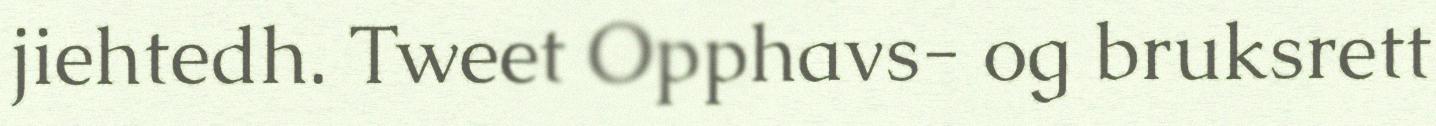
jiehtedh. Tweet Opphavs- og bruksrett